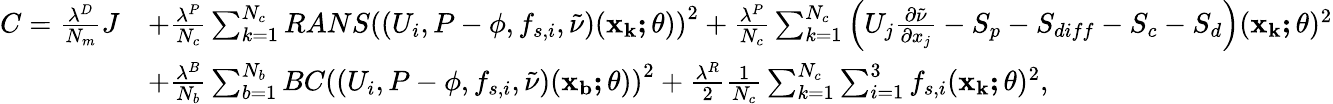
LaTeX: \begin{array}{rl}{C=\frac{\lambda^{D}}{N_{m}}J}&{+\frac{\lambda^{P}}{N_{c}}\sum_{k=1}^{N_{c}}RANS\left((U_{i},P-\phi,f_{s,i},\tilde{\nu})(\mathbf{x_{k};\theta})\right)^{2}+\frac{\lambda^{P}}{N_{c}}\sum_{k=1}^{N_{c}}\left(U_{j}\frac{\partial\tilde{\nu}}{\partial x_{j}}-S_{p}-S_{diff}-S_{c}-S_{d}\right)(\mathbf{x_{k};\theta})^{2}}\\ &{+\frac{\lambda^{B}}{N_{b}}\sum_{b=1}^{N_{b}}BC\left((U_{i},P-\phi,f_{s,i},\tilde{\nu})(\mathbf{x_{b};\theta})\right)^{2}+\frac{\lambda^{R}}{2}\frac{1}{N_{c}}\sum_{k=1}^{N_{c}}\sum_{i=1}^{3}f_{s,i}(\mathbf{x_{k};\theta})^{2},}\end{array}